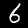
Label: 6